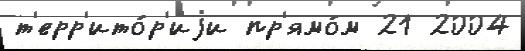
т'ерр'ито́р'иjи пр'ямо́м 21 2004